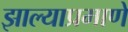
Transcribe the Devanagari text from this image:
झाल्याप्रमाणे